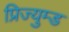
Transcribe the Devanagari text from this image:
प्रिज्युम्ड